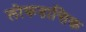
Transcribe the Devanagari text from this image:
लोकतान्तिक